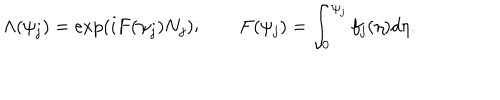
LaTeX: \Lambda ( \psi _ { j } ) = \exp \left( i F ( \psi _ { j } ) N _ { j } \right) ; \qquad F ( \psi _ { j } ) = \int _ { 0 } ^ { \psi _ { j } } f _ { j } ( \eta ) d \eta .